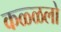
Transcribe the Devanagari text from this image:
कळ्ळलो